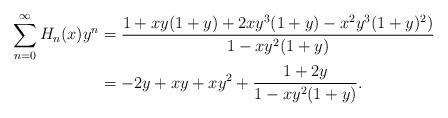
LaTeX: \begin{align*}\sum_{n=0}^\infty H_n(x) y^n &= \frac{1 +xy(1+y) +2xy^3(1+y) -x^2y^3(1+y)^2)}{1-xy^2(1+y)}\\ &= -2y+xy+xy^2+\frac{1+2y}{1-xy^2(1+y)}. \end{align*}